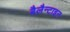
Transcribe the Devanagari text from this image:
बैलैन्टाइन